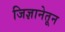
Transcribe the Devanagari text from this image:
जिज्ञानेतून